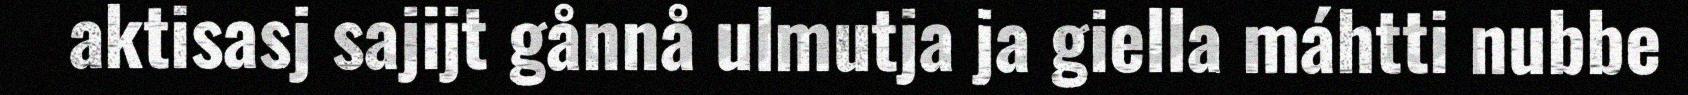
aktisasj sajijt gånnå ulmutja ja giella máhtti nubbe